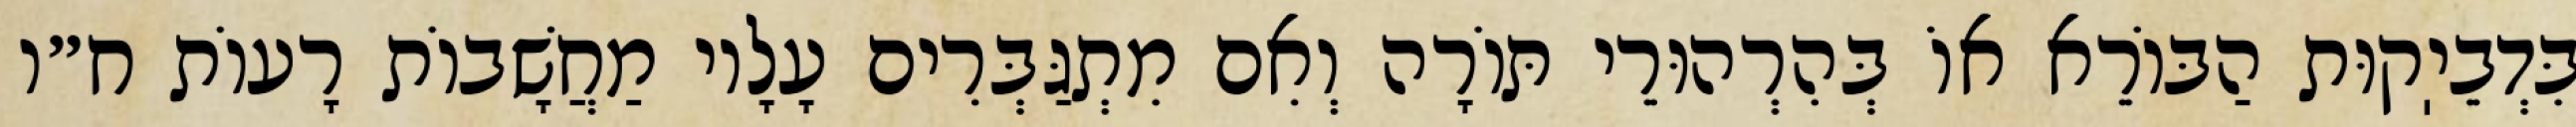
בִּדְבֵיֽקוּת הַבּוֹרֵא אוֹ בְּהִרְהוּרֵי תּוֹרָה וְאִם מִתְגַּבְּרִים עָלָיו מַחֲשָׁבוֹת רָעוֹת ח״ו